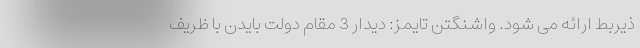
ذیربط ارائه می شود. واشنگتن تایمز: دیدار 3 مقام دولت بایدن با ظریف